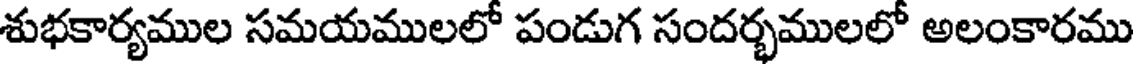
శుభకార్యముల సమయములలో పండుగ సందర్భములలో అలంకారము